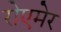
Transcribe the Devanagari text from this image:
रोएमेर